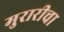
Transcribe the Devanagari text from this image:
मुरारीचा